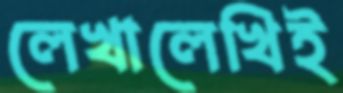
লেখালেখিই